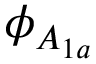
\phi _ { A _ { 1 a } }